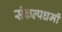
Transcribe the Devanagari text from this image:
संकल्पधर्मी